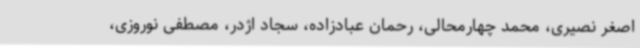
اصغر نصیری، محمد چهارمحالی، رحمان عبادزاده، سجاد اژدر، مصطفی نوروزی،